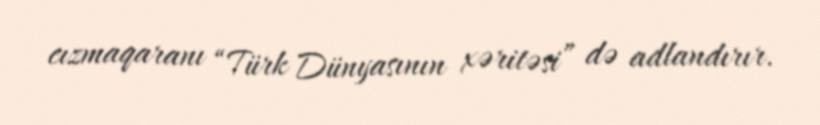
cızmaqaranı “Türk Dünyasının xəritəsi” də adlandırır.